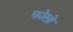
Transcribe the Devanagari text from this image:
फोसो